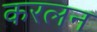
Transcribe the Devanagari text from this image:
करलन